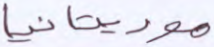
موريتانيا